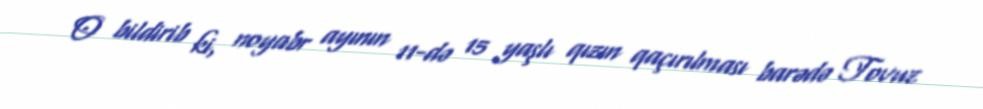
O bildirib ki, noyabr ayının 11-də 15 yaşlı qızın qaçırılması barədə Tovuz